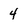
Character: 4